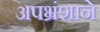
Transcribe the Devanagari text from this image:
अपभ्रंशाने